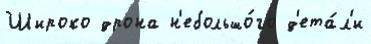
Широко дрона н'ебольшо́го д'ета́л'и